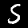
Label: 5